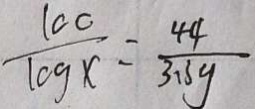
\frac { 1 0 0 } { \log x } = \frac { 4 4 } { 3 1 3 y }